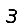
Digit: 3